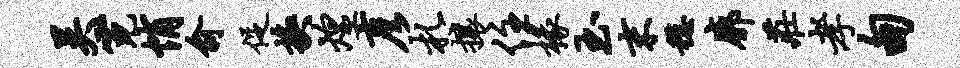
吴霓悄俞促换煌彦札攘住椽玉末稳廓庄孝甸